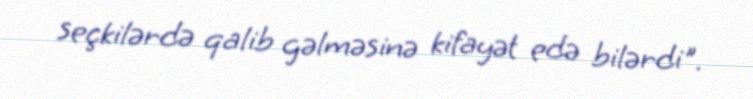
seçkilərdə qalib gəlməsinə kifayət edə bilərdi".